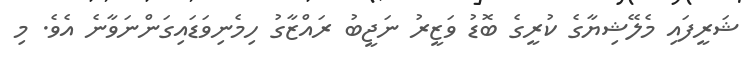
ޝަރީފައި މެލޭޝިޔާގެ ކުރީގެ ބޮޑު ވަޒީރު ނަޖީބު ރައްޒާގު ހިމެނިވަޑައިގަންނަވާނެ އެވެ. މި